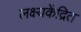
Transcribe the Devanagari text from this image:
लक्ष्यकेंद्रित